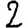
Digit: 2